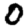
Digit: 0